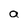
Character: a